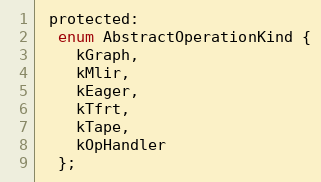
Language: C
 protected:
  enum AbstractOperationKind {
    kGraph,
    kMlir,
    kEager,
    kTfrt,
    kTape,
    kOpHandler
  };